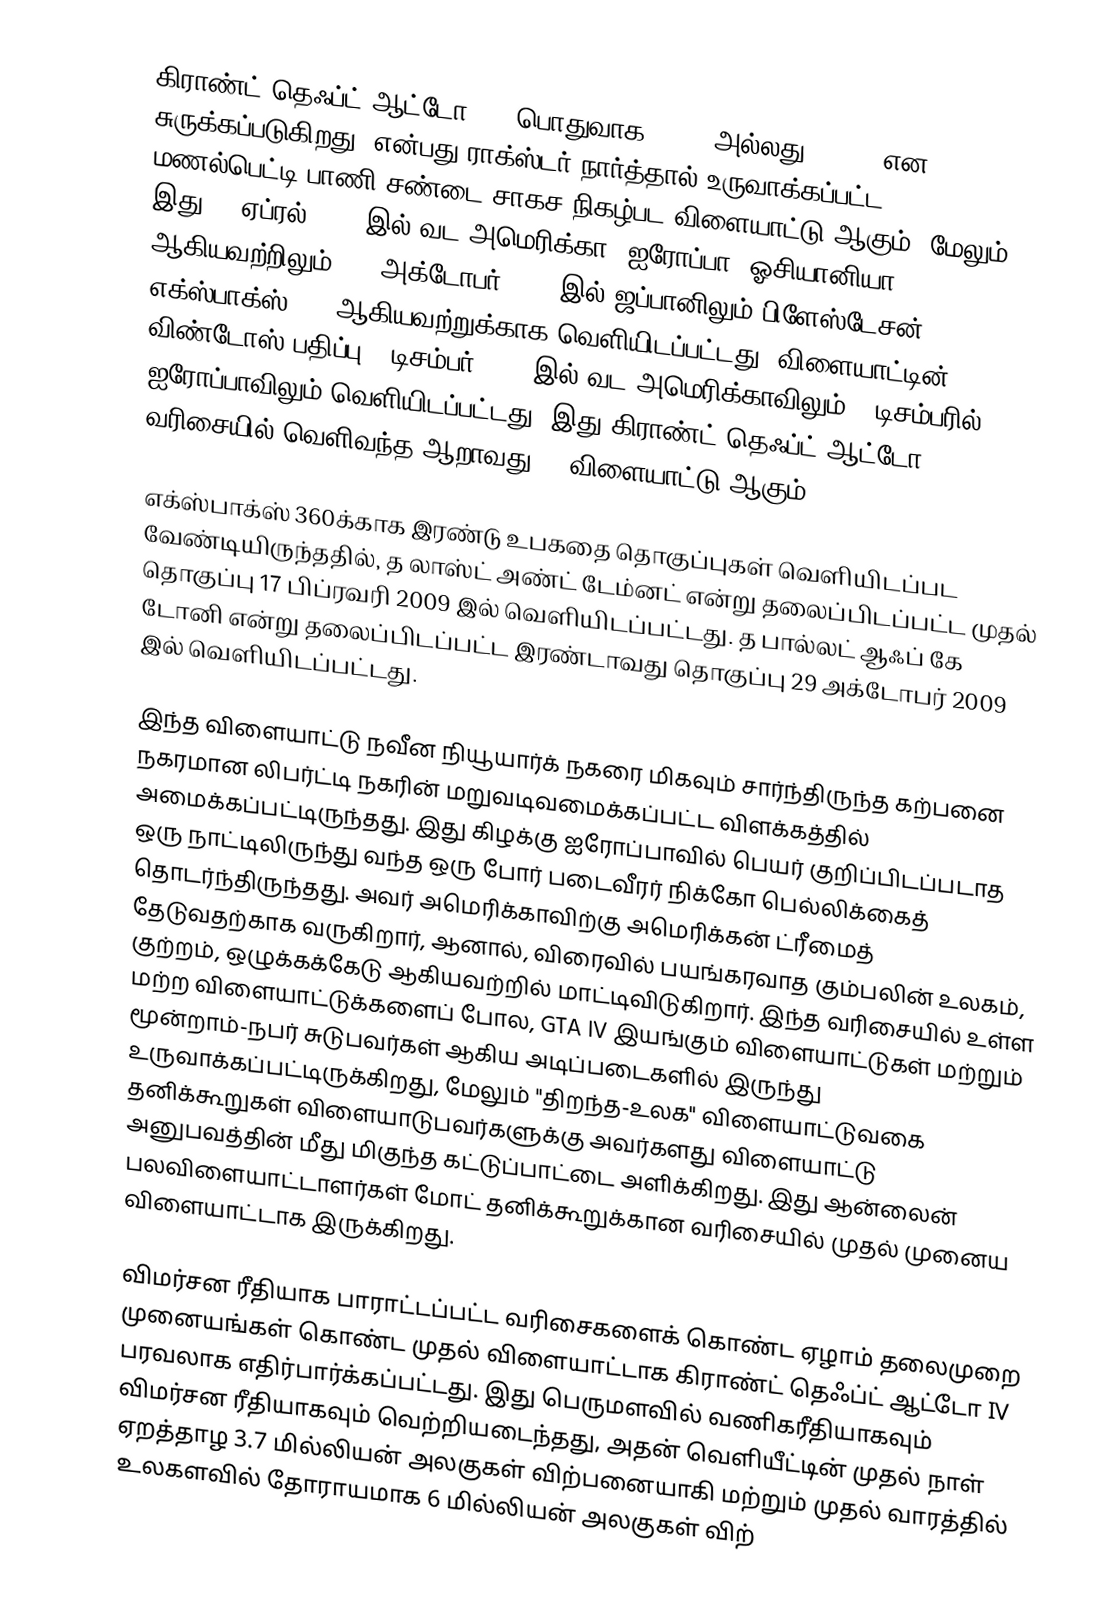
கிராண்ட் தெஃப்ட் ஆட்டோ IV  (பொதுவாக GTA 4  அல்லது GTA IV  என சுருக்கப்படுகிறது) என்பது ராக்ஸ்டர் நார்த்தால் உருவாக்கப்பட்ட மணல்பெட்டி-பாணி சண்டை-சாகச நிகழ்பட விளையாட்டு ஆகும், மேலும், இது 29 ஏப்ரல் 2008 இல் வட அமெரிக்கா, ஐரோப்பா, ஓசியானியா ஆகியவற்றிலும், 30 அக்டோபர் 2008 இல் ஜப்பானிலும் பிளேஸ்டேசன் 3, எக்ஸ்பாக்ஸ் 360 ஆகியவற்றுக்காக வெளியிடப்பட்டது. விளையாட்டின் விண்டோஸ் பதிப்பு 2 டிசம்பர் 2008 இல் வட அமெரிக்காவிலும் 3 டிசம்பரில் ஐரோப்பாவிலும் வெளியிடப்பட்டது. இது கிராண்ட் தெஃப்ட் ஆட்டோ வரிசையில் வெளிவந்த ஆறாவது 3D விளையாட்டு ஆகும்.

எக்ஸ்பாக்ஸ் 360க்காக இரண்டு உபகதை தொகுப்புகள் வெளியிடப்பட வேண்டியிருந்ததில், த லாஸ்ட் அண்ட் டேம்னட் என்று தலைப்பிடப்பட்ட முதல் தொகுப்பு 17 பிப்ரவரி 2009 இல் வெளியிடப்பட்டது. த பால்லட் ஆஃப் கே டோனி என்று தலைப்பிடப்பட்ட இரண்டாவது தொகுப்பு 29 அக்டோபர் 2009 இல் வெளியிடப்பட்டது.

இந்த விளையாட்டு நவீன நியூயார்க் நகரை மிகவும் சார்ந்திருந்த கற்பனை நகரமான லிபர்ட்டி நகரின் மறுவடிவமைக்கப்பட்ட விளக்கத்தில் அமைக்கப்பட்டிருந்தது. இது கிழக்கு ஐரோப்பாவில் பெயர் குறிப்பிடப்படாத ஒரு நாட்டிலிருந்து வந்த ஒரு போர் படைவீரர் நிக்கோ பெல்லிக்கைத் தொடர்ந்திருந்தது. அவர் அமெரிக்காவிற்கு அமெரிக்கன் ட்ரீமைத் தேடுவதற்காக வருகிறார், ஆனால், விரைவில் பயங்கரவாத கும்பலின் உலகம், குற்றம், ஒழுக்கக்கேடு ஆகியவற்றில் மாட்டிவிடுகிறார். இந்த வரிசையில் உள்ள மற்ற விளையாட்டுக்களைப் போல, GTA IV இயங்கும் விளையாட்டுகள் மற்றும் மூன்றாம்-நபர் சுடுபவர்கள் ஆகிய அடிப்படைகளில் இருந்து உருவாக்கப்பட்டிருக்கிறது, மேலும் "திறந்த-உலக" விளையாட்டுவகை தனிக்கூறுகள் விளையாடுபவர்களுக்கு அவர்களது விளையாட்டு அனுபவத்தின் மீது மிகுந்த கட்டுப்பாட்டை அளிக்கிறது. இது ஆன்லைன் பலவிளையாட்டாளர்கள் மோட் தனிக்கூறுக்கான வரிசையில் முதல் முனைய விளையாட்டாக இருக்கிறது.

விமர்சன ரீதியாக பாராட்டப்பட்ட வரிசைகளைக் கொண்ட ஏழாம் தலைமுறை முனையங்கள் கொண்ட முதல் விளையாட்டாக கிராண்ட் தெஃப்ட் ஆட்டோ IV பரவலாக எதிர்பார்க்கப்பட்டது. இது பெருமளவில் வணிகரீதியாகவும் விமர்சன ரீதியாகவும் வெற்றியடைந்தது, அதன் வெளியீட்டின் முதல் நாள் ஏறத்தாழ 3.7 மில்லியன் அலகுகள் விற்பனையாகி மற்றும் முதல் வாரத்தில் உலகளவில் தோராயமாக 6 மில்லியன் அலகுகள் விற்